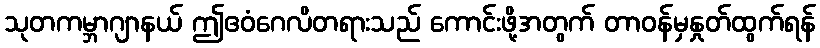
သုတကမ္ဘာဂျာနယ် ဤဧဝံဂေလိတရားသည် ကောင်းဖို့အတွက် တာဝန်မှနှုတ်ထွက်ရန်